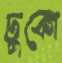
ঢুকো